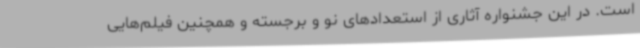
است. در این جشنواره آثاری از استعدادهای نو و برجسته و همچنین فیلم‌هایی